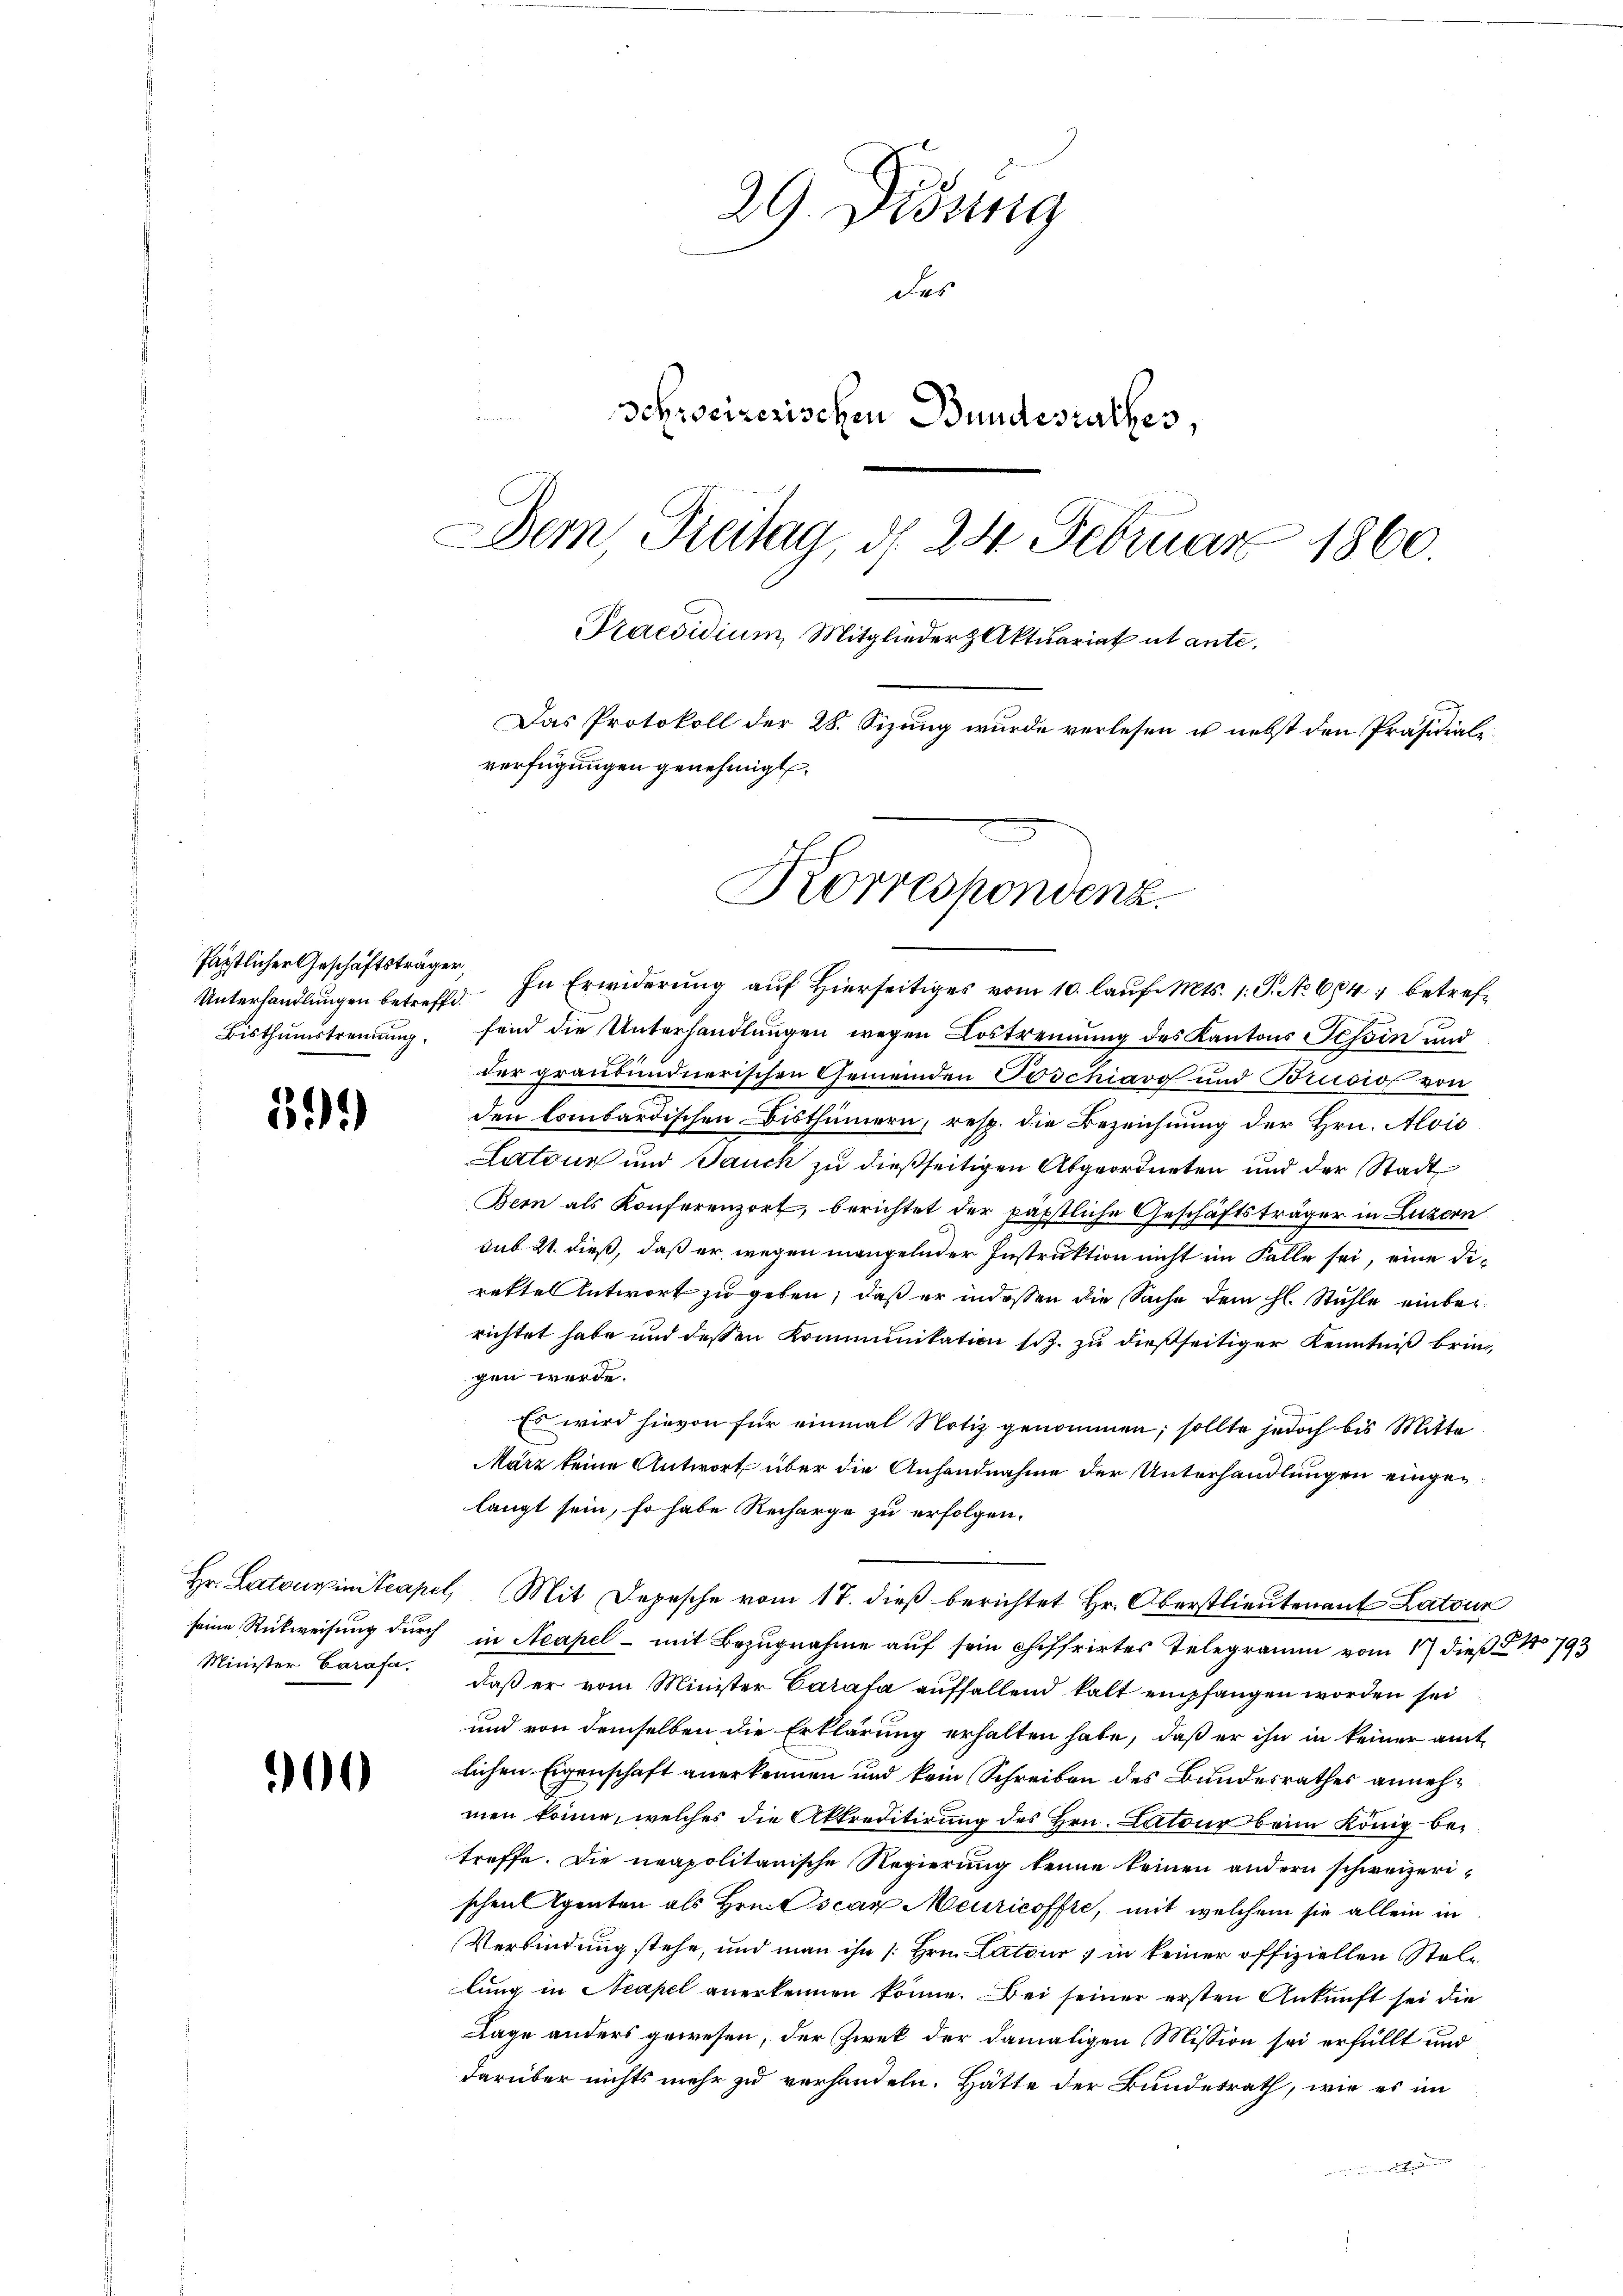
Unterhandlungen betreffd.
Bisthumstrennung.

399

Minister Carafa

00

29 Didung
des
Schreizerischen Bundesrathes,
DDem Freitag, d. 24. Februar 1860.
Praesidium, Mitglieder Aktuariat ut ante,
Das Protokoll der 28. Sizung wurde verlesen u. nebst den Präsidialverfügungen genehmigt.

fästlicher Geschäftsträger, In Erwiderŭng aŭf hierseitiges vom 10. laŭf. Mts. 1. P. No. 604 betreffend die Unterhandlungen wegen Lostrennung des Kantons Tessin und
der graubündnerischen Gemeinden Poschiavo und Brusio von
den lombardischen Bisthümern, resp. die Bezeichnung der Hrn. Alois
Latour und Jauch zu dießseitigen Abgeordneten und der Stadt
Bern als Konferenzort, berichtet der päpstliche Geschäftsträger in Luzern
sub. 21. dieß, daß er, wegen mangelnder Instruktion nicht im Falle sei, eine Direttel Antwort zu geben, daß er indessen die Sache dem hl. Stuhle einbeirichtet habe und dessen Kommunikation sch. zu dießseitiger Kenntniß bringen werde.
Es wird hievon für einmal Notiz genommen; sollte jedoch bis Mitte
März keine Antwort über die Anhandnahme der Unterhandlungen eingelangt sein, so habe Recharge zu erfolgen.
Hr. Latourin Steapel, Mit Depesche vom 17. dieβ berichtet Hr. Oberstlieutenant Latour
seine Rückweisŭng dŭrch in Neapel mit Bezŭgnahme aŭf sein chiffrirtes Telegramm vom 17 dieβ No 793
daß er vom Minister Carata auffallend kalt empfangen worden sei
und von demselben die Erklärung erhalten habe, daß er ihn in keiner amtlichen Eigenschaft anerkennen und kein Schreiben des Bundesrathes annehmen könne, welches die Akkreditirung des Hrn. Latour beim König betreffe. Die neapolitanische Regierung keine keinen andern schweizerischen Agenten als Hrn. Oscan Meuricoffte, mit welchem sie allein in
Verbindung stehe, und man ihn /. Hrn. Latour 1 in keiner offiziellen Stellung in Neapel anerkennen könne. Bei seiner ersten Ankunft sei die
Lage anders gewesen, der Zwek der damaligen Mission sei erfällt und
darüber nichts mehr zu verhandeln. Hätte der Bundesrath, wie es im
n und in Breits et sein

Korrespondenz.